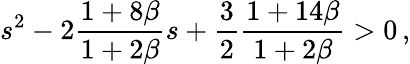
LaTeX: s^{2}-2\frac{1+8\beta}{1+2\beta}s+\frac{3}{2}\frac{1+14\beta}{1+2\beta}>0\, ,